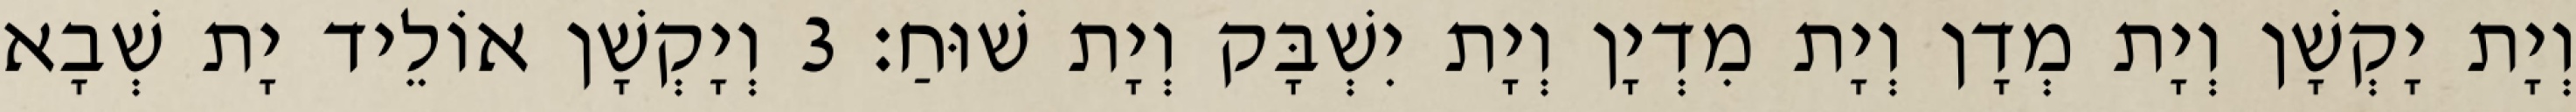
וְיָת יָקְשָׁן וְיָת מְדָן וְיָת מִדְיָן וְיָת יִשְׁבָּק וְיָת שׁוּחַ׃ 3 וְיָקְשָׁן אוֹלֵיד יָת שְׁבָא